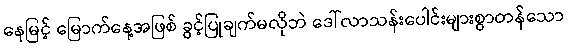
နေမြင့် မြောက်နေ့အဖြစ် ခွင့်ပြုချက်မလိုဘဲ ဒေါ်လာသန်းပေါင်းများစွာတန်သော